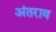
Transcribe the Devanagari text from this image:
अंतराव